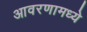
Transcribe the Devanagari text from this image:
आवरणामध्ये